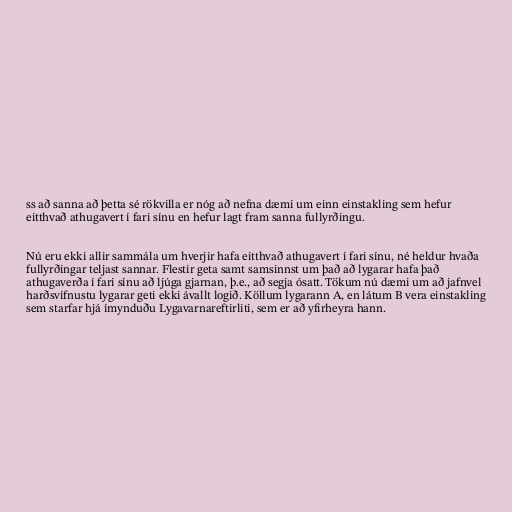
ss að sanna að þetta sé rökvilla er nóg að nefna dæmi um einn einstakling sem hefur
eitthvað athugavert í fari sínu en hefur lagt fram sanna fullyrðingu.

Nú eru ekki allir sammála um hverjir hafa eitthvað athugavert í fari sínu, né heldur hvaða
fullyrðingar teljast sannar. Flestir geta samt samsinnst um það að lygarar hafa það
athugaverða í fari sínu að ljúga gjarnan, þ.e., að segja ósatt. Tökum nú dæmi um að jafnvel
harðsvífnustu lygarar geti ekki ávallt logið. Köllum lygarann A, en látum B vera einstakling
sem starfar hjá ímynduðu Lygavarnareftirliti, sem er að yfirheyra hann.